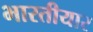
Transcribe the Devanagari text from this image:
भारतीयार